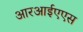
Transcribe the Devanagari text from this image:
आरआईएएस